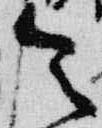
令